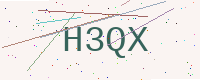
Text: H3QX